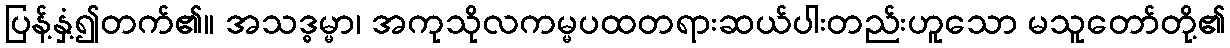
ပြန့်နှံ့၍တက်၏။ အသဒ္ဓမ္မာ၊ အကုသိုလကမ္မပထတရားဆယ်ပါးတည်းဟူသော မသူတော်တို့၏